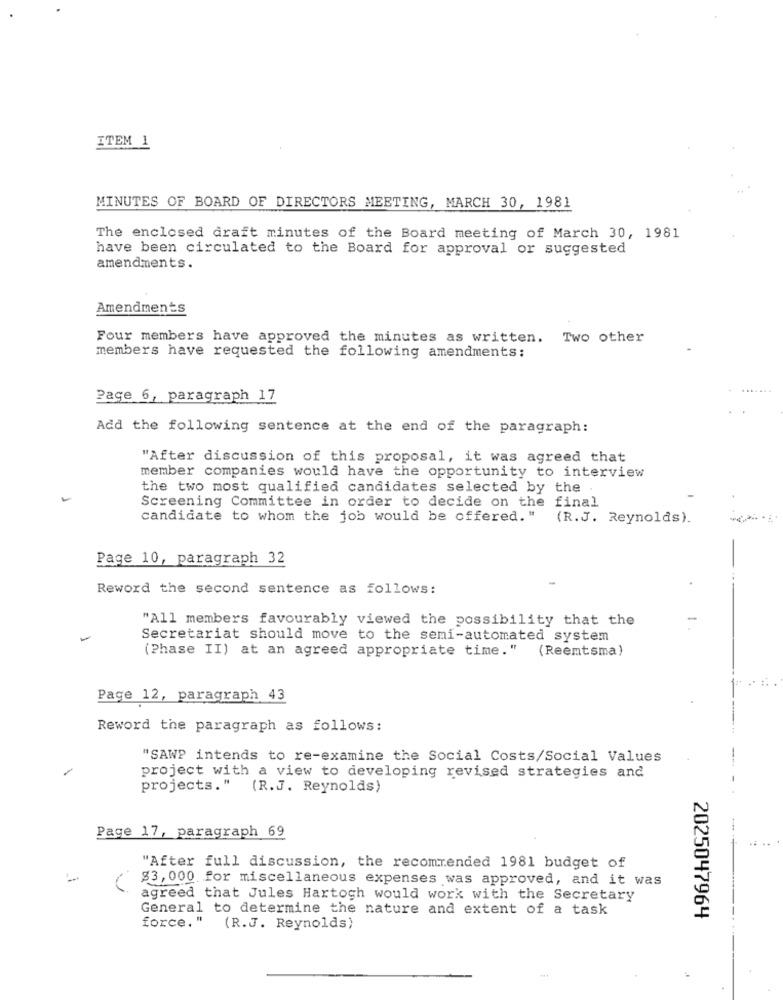
ITEM 1
MINUTES OF BOARD OF DIRECTORS MEETING, MARCH 30, 1981
The enclosed draft minutes of the Board meeting of March 30, 1981
have been circulated to the Board for approval or suggested
amendments.
Amendments
Four members have approved the minutes as written. Two other
members have requested the following amendments:
Page 6, paragraph 17
Add the following sentence at the end of the paragraph:
"After discussion of this proposal, it was agreed that
member companies would have the opportunity to interview
the two most qualified candidates selected by the
Screening Committee in order to decide on the final
candidate to whom the job would be offered. "
(R.J. Reynolds).
Page 10, paragraph 32
Reword the second sentence as follows:
"All members favourably viewed the possibility that the
Secretariat should move to the semi-automated system
(Phase II) at an agreed appropriate time."
(Reemtsma)
Page 12, paragraph 43
Reword the paragraph as follows:
"SAWP intends to re-examine the Social Costs/Social Values
project with a view to developing revised strategies and
projects." (R.J. Reynolds)
-
Page 17, paragraph 69
"After full discussion, the recommended 1981 budget of
$3, 000 for miscellaneous expenses was approved, and it was
agreed that Jules Hartogh would work with the Secretary
General to determine the nature and extent of a task
force. "
2025047964
(R.J. Reynolds)